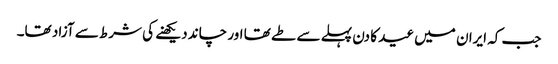
جب کہ ایران میں عید کا دن پہلے سے طے تھا اور چاند دیکھنے کی شرط سے آزاد تھا۔